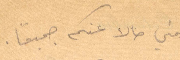
طمني حالاً عنكم جميعًا